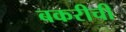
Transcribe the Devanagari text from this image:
बकरीची